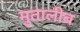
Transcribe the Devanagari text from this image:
मुतालीब